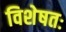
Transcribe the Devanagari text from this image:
विशेषतः